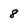
Character: 8